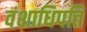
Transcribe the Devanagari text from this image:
वंशाधिपति